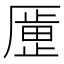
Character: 𫨞